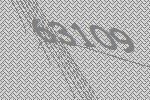
63109